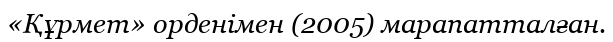
«Құрмет» орденімен (2005) марапатталған.